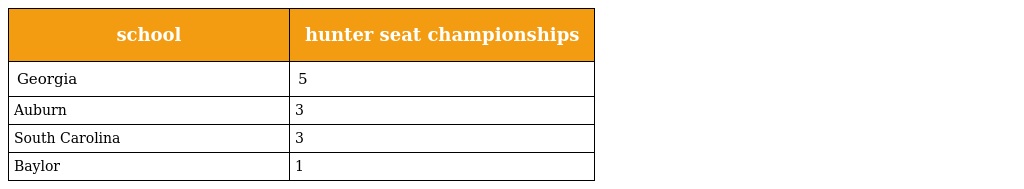
| school | hunter seat championships |
 | --- | --- |
 | Georgia | 5 |
 | Auburn | 3 |
 | South Carolina | 3 |
 | Baylor | 1 |